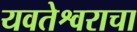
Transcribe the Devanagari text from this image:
यवतेश्वराचा